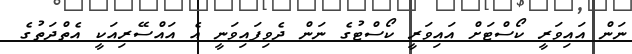
ނަން އައިވަރީ ކޯސްޓަށް އައިވަރީ ކޯސްޓުގެ ނަން ދެވިފައިވަނީ އެ އައްސޭރިއަކީ އެތްދަތުގެ